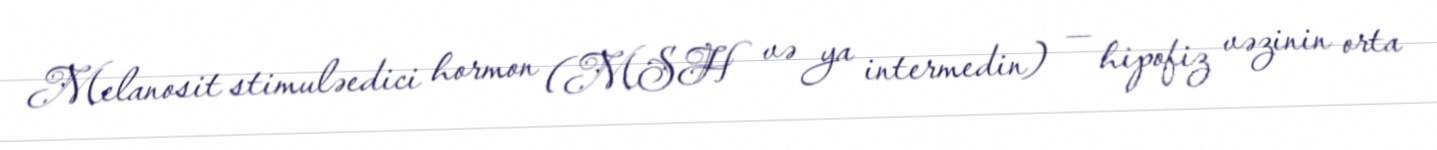
Melanosit stimuləedici hormon (MSH və ya intermedin) — hipofiz vəzinin orta